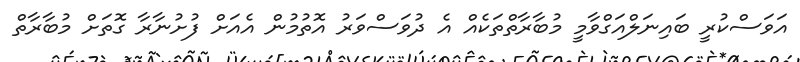
އަވަސްކުރީ ބައިނަލްއަގްވާމީ މުބާރާތްތަކެއް އެ ދުވަސްވަރު އޮތުމުން އެއަށް ފުށުނާރާ ގޮތަށް މުބާރާތް